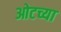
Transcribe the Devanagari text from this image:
ओटच्या